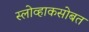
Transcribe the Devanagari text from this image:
स्लोव्हाकसोबत